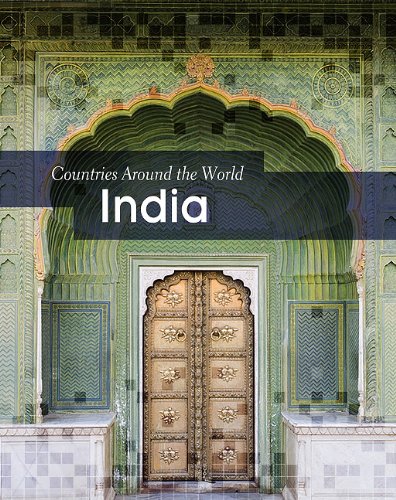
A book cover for India (Countries Around the World); Ali Brownlie Bojang; Children's Books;